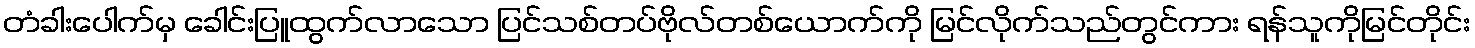
တံခါးပေါက်မှ ခေါင်းပြူထွက်လာသော ပြင်သစ်တပ်ဗိုလ်တစ်ယောက်ကို မြင်လိုက်သည်တွင်ကား ရန်သူကိုမြင်တိုင်း